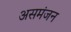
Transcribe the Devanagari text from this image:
असमंजन